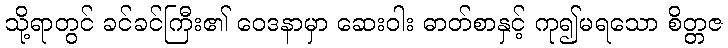
သို့ရာတွင် ခင်ခင်ကြီး၏ ဝေဒနာမှာ ဆေးဝါး ဓာတ်စာနှင့် ကု၍မရသော စိတ္တဇ